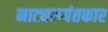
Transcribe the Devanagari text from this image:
नाट्यरूपंतकार